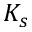
K _ { s }